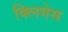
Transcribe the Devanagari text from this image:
क्लिगेस